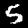
Label: 5